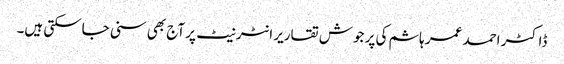
ڈاکٹر احمد عمر ہاشم کی پر جوش تقاریر انٹر نیٹ پر آج بھی سنی جاسکتی ہیں۔